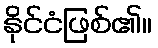
နိုင်ငံဖြစ်၏။